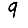
Digit: 9